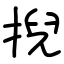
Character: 掜